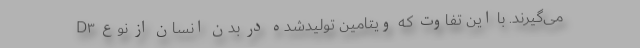
می‌گیرند. با این تفاوت که ویتامین تولیدشده در بدن انسان از نوع D۳